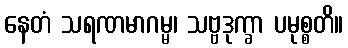
နေတံ သရဏမာဂမ္မ၊ သဗ္ဗဒုက္ခာ ပမုစ္စတိ။